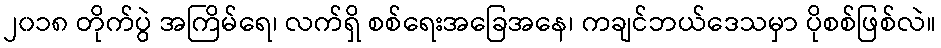
၂၀၁၈ တိုက်ပွဲ အကြိမ်ရေ၊ လက်ရှိ စစ်ရေးအခြေအနေ၊ ကချင်ဘယ်ဒေသမှာ ပိုစစ်ဖြစ်လဲ။